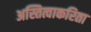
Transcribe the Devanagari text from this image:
अस्तित्वाकरिता